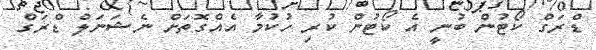
ޑްރަގް ކޯޓުން ބުނީ އެ ކޯޓުން ކުރި ހުކުމާ އެއްގޮތަށް ނެޝަނަލް ޑްރަގް